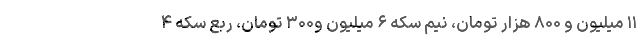
۱۱ میلیون و ۸۰۰ هزار تومان، نیم سکه ۶ میلیون و۳۰۰ تومان، ربع سکه ۴